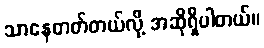
သာနေတတ်တယ်လို့ အဆိုရှိပါတယ်။